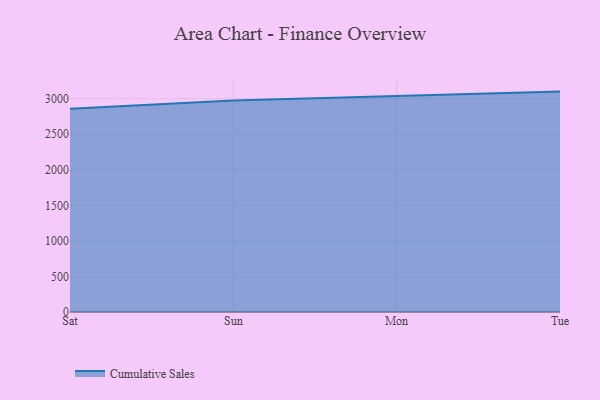
{"axis": {"x": "Day", "y": "Inventory Turnover"}, "legend": ["Cumulative Sales"], "data": [{"x": "Sat", "y": 2859.5, "type": "Cumulative Sales"}, {"x": "Sun", "y": 2973.1, "type": "Cumulative Sales"}, {"x": "Mon", "y": 3037.8, "type": "Cumulative Sales"}, {"x": "Tue", "y": 3099.1, "type": "Cumulative Sales"}]}